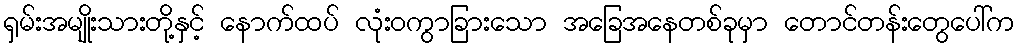
ရှမ်းအမျိုးသားတို့နှင့် နောက်ထပ် လုံးဝကွာခြားသော အခြေအနေတစ်ခုမှာ တောင်တန်းတွေပေါ်က